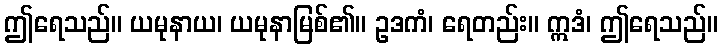
ဤရေသည်။ ယမုနာယ၊ ယမုနာမြစ်၏။ ဥဒကံ၊ ရေတည်း။ ဣဒံ၊ ဤရေသည်။